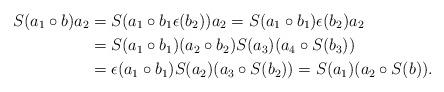
LaTeX: \begin{align*} S(a_1\circ b)a_2 &= S(a_1\circ b_1\epsilon(b_2))a_2 = S(a_1\circ b_1)\epsilon(b_2)a_2\\&=S(a_1\circ b_1)(a_2\circ b_2)S(a_3)(a_4\circ S(b_3))\\&=\epsilon(a_1\circ b_1)S(a_2)(a_3\circ S(b_2))=S(a_1)(a_2\circ S(b)).\end{align*}